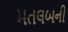
મતલબની